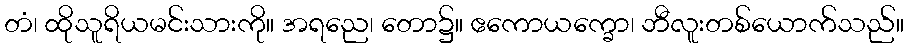
တံ၊ ထိုသူရိယမင်းသားကို။ အရညေ၊ တော၌။ ဧကောယက္ခော၊ ဘီလူးတစ်ယောက်သည်။